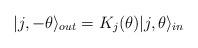
LaTeX: \begin{align*}|j,-\theta \rangle _{out}=K_j(\theta )|j,\theta \rangle _{in} \end{align*}